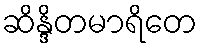
ဆိန္ဒိတမာရိတေ